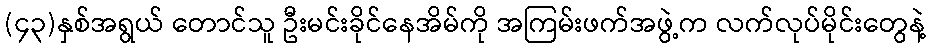
(၄၃)နှစ်အရွယ် တောင်သူ ဦးမင်းခိုင်နေအိမ်ကို အကြမ်းဖက်အဖွဲ့က လက်လုပ်မိုင်းတွေနဲ့